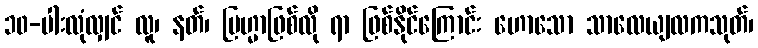
၁၀-ပါးလုံလျှင် လူ၊ နတ်၊ ဗြဟ္မာဖြစ်လို ရာ ဖြစ်နိုင်ကြောင်း ဟောသော သာလေယျလကသုတ်၊